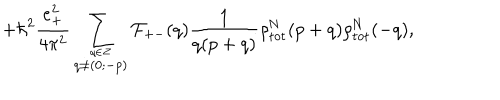
+ { \hbar } ^ { 2 } \frac { e _ { + } ^ { 2 } } { 4 { \pi } ^ { 2 } } \sum _ { \stackrel { q \in \cal Z } { q \neq ( 0 ; - p ) } } { \cal F } _ { + - } ( q ) \frac { 1 } { q ( p + q ) } { \rho } _ { \mathrm { t o t } } ^ { \mathrm { N } } ( p + q ) { \rho } _ { \mathrm { t o t } } ^ { \mathrm { N } } ( - q ) ,